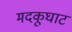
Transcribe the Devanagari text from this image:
मदकूघाट